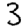
Digit: 3